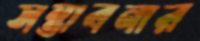
সম্ভাবনার